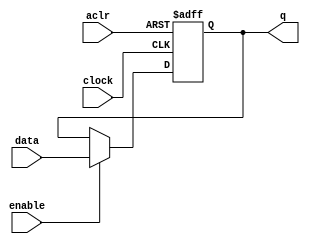
module register_16bit (
	aclr,
	clock,
	data,
	enable,
	q);

	input	  aclr;
	input	  clock;
	input	[15:0]  data;
	input	  enable;
	output reg	[15:0]  q;
	
	always @(posedge clock, posedge aclr)
	begin
		if (aclr)
			q <= 16'b0;
		else if (enable)
			q <= data;
	end

endmodule